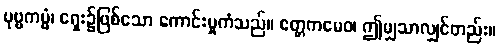
ပုဗ္ဗကမ္မံ၊ ရှေး၌ဖြစ်သော ကောင်းမှုကံသည်။ ဧတ္တကမေဝ၊ ဤမျှသာလျှင်တည်း။